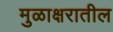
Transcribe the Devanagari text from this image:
मुळाक्षरातील